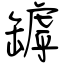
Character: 罅